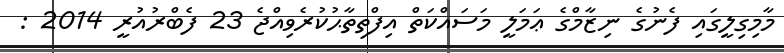
މާމިގިލީގައި ފެނުގެ ނިޒާމްގެ ޢަމަލީ މަސައްކަތް އިފްތިތާޙުކުރެވިއްޖެ 23 ފެބްރުއުރީ 2014 :